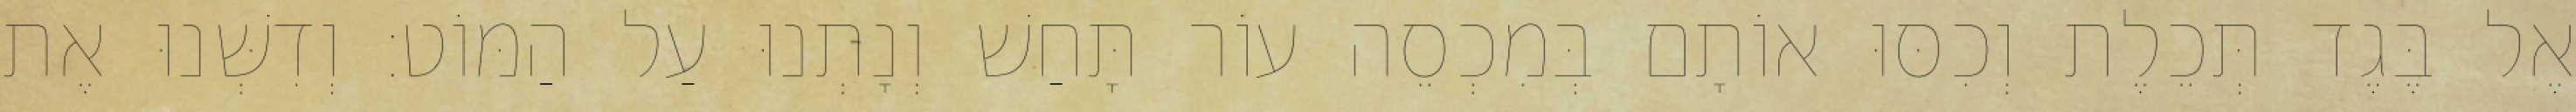
אֶל בֶּגֶד תְּכֵלֶת וְכִסּוּ אוֹתָם בְּמִכְסֵה עוֹר תָּחַשׁ וְנָתְנוּ עַל הַמּוֹט׃ וְדִשְּׁנוּ אֶת